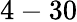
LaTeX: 4-30